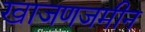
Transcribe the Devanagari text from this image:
खाजणजमीन